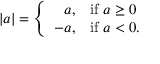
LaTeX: | a | = \left\{ { \begin{array} { r l } { a , } & { { \mathrm { i f ~ } } a \geq 0 } \\ { - a , } & { { \mathrm { i f ~ } } a < 0 . } \end{array} } \right.